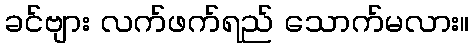
ခင်ဗျား လက်ဖက်ရည် သောက်မလား။